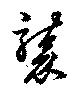
襲